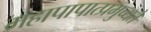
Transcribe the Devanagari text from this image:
महापापात्प्रमुच्यते